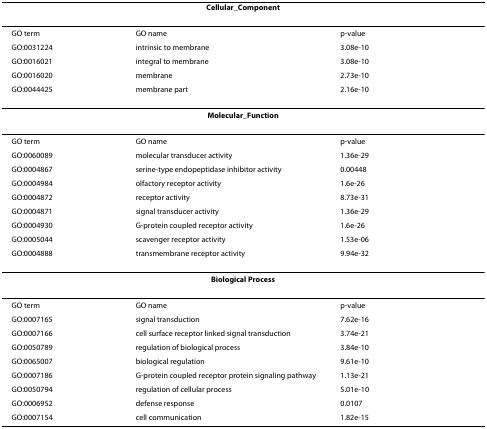
| <COLSPAN=3> Cellular_Component |
 | --- | --- | --- |
 | GO term | GO name | p-value |
 | GO:0031224 | intrinsic to membrane | 3.08e-10 |
 | GO:0016021 | integral to membrane | 3.08e-10 |
 | GO:0016020 | membrane | 2.73e-10 |
 | GO:0044425 | membrane part | 2.16e-10 |
 | <COLSPAN=3> Molecular_Function |
 | GO term | GO name | p-value |
 | GO:0060089 | molecular transducer activity | 1.36e-29 |
 | GO:0004867 | serine-type endopeptidase inhibitor activity | 0.00448 |
 | GO:0004984 | olfactory receptor activity | 1.6e-26 |
 | GO:0004872 | receptor activity | 8.73e-31 |
 | GO:0004871 | signal transducer activity | 1.36e-29 |
 | GO:0004930 | G-protein coupled receptor activity | 1.6e-26 |
 | GO:0005044 | scavenger receptor activity | 1.53e-06 |
 | GO:0004888 | transmembrane receptor activity | 9.94e-32 |
 | <COLSPAN=3> Biological Process |
 | GO term | GO name | p-value |
 | GO:0007165 | signal transduction | 7.62e-16 |
 | GO:0007166 | cell surface receptor linked signal transduction | 3.74e-21 |
 | GO:0050789 | regulation of biological process | 3.84e-10 |
 | GO:0065007 | biological regulation | 9.61e-10 |
 | GO:0007186 | G-protein coupled receptor protein signaling pathway | 1.13e-21 |
 | GO:0050794 | regulation of cellular process | 5.01e-10 |
 | GO:0006952 | defense response | 0.0107 |
 | GO:0007154 | cell communication | 1.82e-15 |